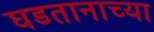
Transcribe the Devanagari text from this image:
घडतानाच्या